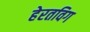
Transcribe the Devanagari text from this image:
हेरतविग